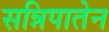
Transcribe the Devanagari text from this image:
सन्निपातेन